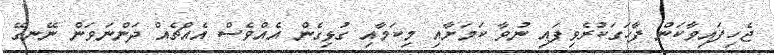
ޖެހިފައިވާކަން ފާހަގަކުރެވިފައި ނުވާ ކަމަށާއި މިކަމާއި ގުޅިގެން އެއްވެސް އެއްޗެއް ދަންނަވަން ނޭނގޭ